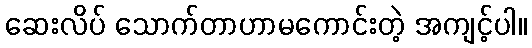
ဆေးလိပ် သောက်တာဟာမကောင်းတဲ့ အကျင့်ပါ။